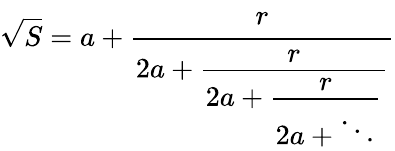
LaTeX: {\sqrt{S}}=a+{\cfrac{r}{2a+{\cfrac{r}{2a+{\cfrac{r}{2a+\ddots}}}}}}